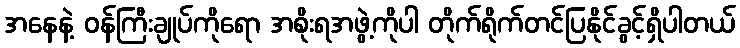
အနေနဲ့ ဝန်ကြီးချုပ်ကိုရော အစိုးရအဖွဲ့ကိုပါ တိုက်ရိုက်တင်ပြနိုင်ခွင့်ရှိပါတယ်